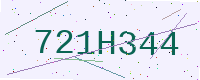
Text: 721H344